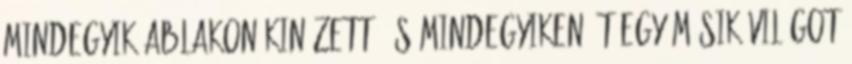
Mindegyik ablakon kinézett, és mindegyiken át egy másik világot